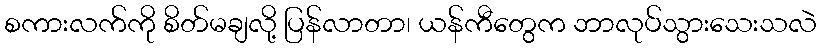
စကားလက်ကို စိတ်မချလို့ ပြန်လာတာ၊ ယန်ကီတွေက ဘာလုပ်သွားသေးသလဲ